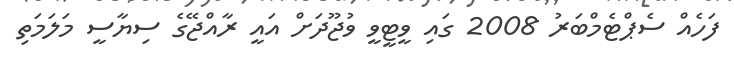
ފަހެއް ސެޕްޓެމްބަރު 2008 ގައި ވީޓީވީ ވުޖޫދަށް އައީ ރާއްޖޭގެ ސިޔާސީ މަލަމަތި